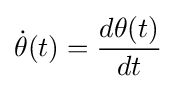
{\dot {\theta }}(t)={\frac {d\theta (t)}{dt}}